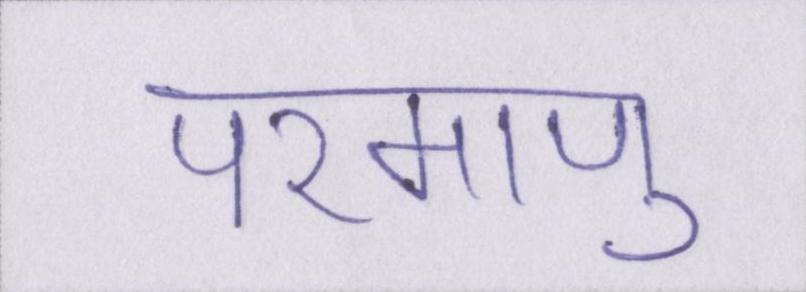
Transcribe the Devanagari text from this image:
परमाणु